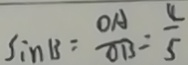
\sin B = \frac { O A } { O B } = \frac { 4 } { 5 }